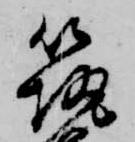
筑